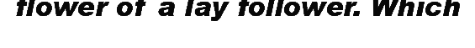
flower of a lay follower. Which